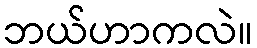
ဘယ်ဟာကလဲ။